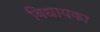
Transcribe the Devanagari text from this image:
विधायका